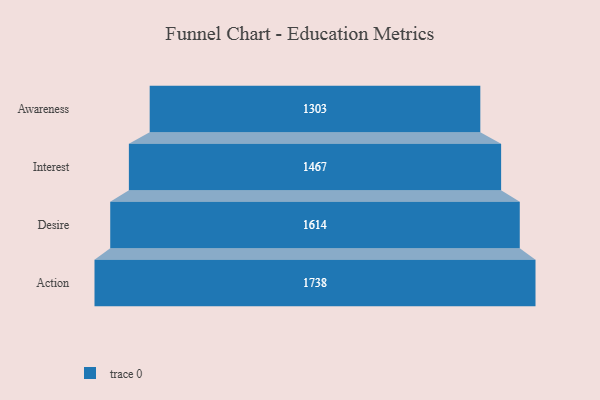
{"axis": {"x": "Stage", "y": "Value"}, "legend": [""], "data": [{"x": "Awareness", "y": 1303.0, "type": ""}, {"x": "Interest", "y": 1467.0, "type": ""}, {"x": "Desire", "y": 1614.0, "type": ""}, {"x": "Action", "y": 1738.0, "type": ""}]}